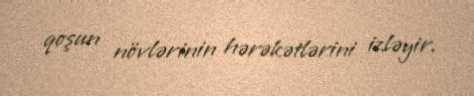
qoşun növlərinin hərəkətlərini izləyir.